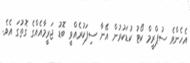
އެހެންވެ ސުޕްރީމް ކޯޓު ކުޑަކުރުން އޭނާ ސިފަކުރެއްވީ ބޮޑު ޖަރީމާއެއްގެ ގޮތުގަ އެވެ.